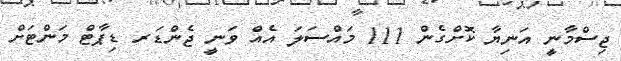
ޖިސްމާނީ އަނިޔާ ކޮށްގެން 111 މައްސަލަ އެއް ވަނީ ޖެންޑަރ ޑިޕާޓް މަންޓަށް